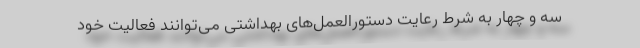
سه و چهار به شرط رعایت دستورالعمل‌های بهداشتی می‌توانند فعالیت خود